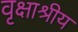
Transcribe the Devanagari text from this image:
वृक्षाश्रीय